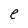
Character: e